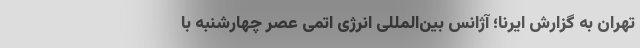
تهران به گزارش ایرنا؛ آژانس بین‌المللی انرژی اتمی عصر چهارشنبه با